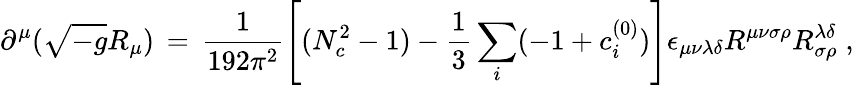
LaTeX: \partial^{\mu}(\sqrt{-g}R_{\mu})\, =\, \frac{1}{192\pi^{2}}\left[(N_{c}^{2}-1)-\frac{1}{3}\sum_{i}(-1+c_{i}^{(0)})\right]\epsilon_{\mu\nu\lambda\delta}R^{\mu\nu\sigma\rho}R_{\sigma\rho}^{\lambda\delta}\; ,